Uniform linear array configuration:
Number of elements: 48
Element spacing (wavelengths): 0.75
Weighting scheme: binomial
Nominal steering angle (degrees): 45
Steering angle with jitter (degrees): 43.11
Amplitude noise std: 0.05
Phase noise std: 0.05

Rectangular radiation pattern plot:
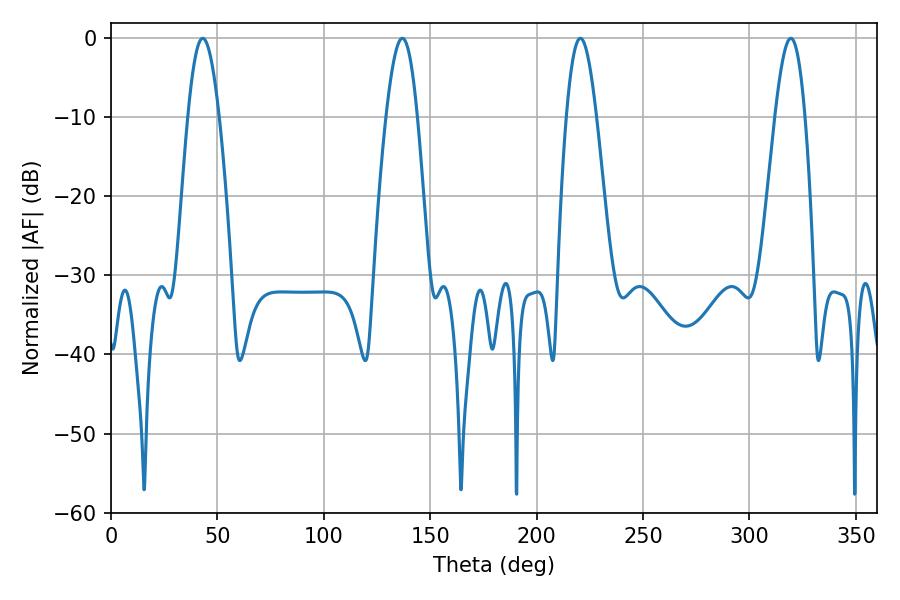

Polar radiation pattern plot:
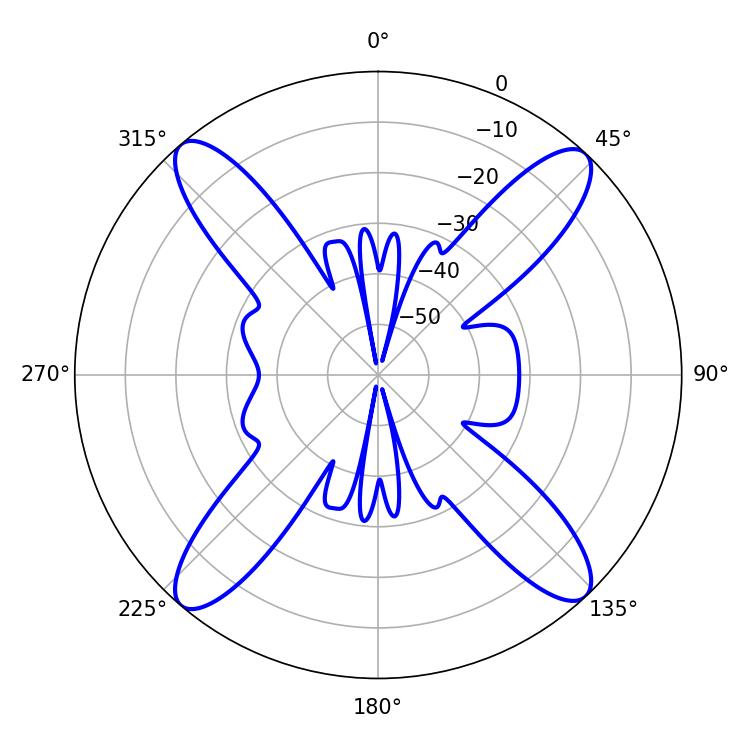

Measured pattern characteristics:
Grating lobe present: TRUE
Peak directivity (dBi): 20.736
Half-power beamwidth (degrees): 7.56
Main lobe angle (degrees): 220.5